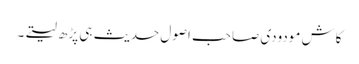
کاش مودودی صاحب اصول حدیث ہی پڑھ لیتے۔